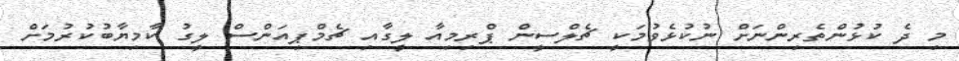
މި ދެ ކުޅުންތެރިންނަށް ނުކުޅެވުމަކީ ޗެލްސީން ޕްރިމިއާ ލީގާއި ޗެމްޕިއަންސް ލީގު ކާމިޔާބުކުރުމަށް